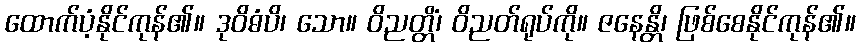
ထောက်ပံ့နိုင်ကုန်၏။ ဒုဝိဓံပိ၊ သော။ ဝိညတ္တိံ၊ ဝိညတ်ရုပ်ကို။ ဇနေန္တိ၊ ဖြစ်စေနိုင်ကုန်၏။